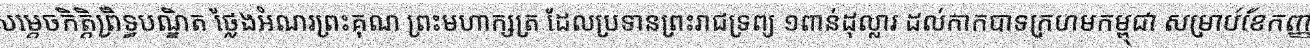
សម្តេចកិត្តិព្រឹទ្ធបណ្ឌិត ថ្លែងអំណរព្រះគុណ ព្រះមហាក្សត្រ ដែលប្រទានព្រះរាជទ្រព្យ ១ពាន់ដុល្លារ ដល់កាកបាទក្រហមកម្ពុជា សម្រាប់ខែកញ្ញា